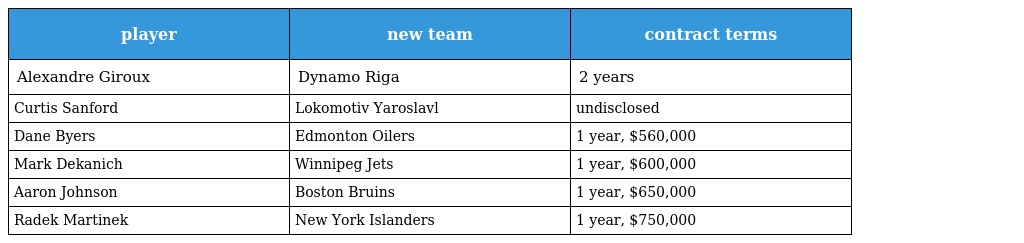
| player | new team | contract terms |
 | --- | --- | --- |
 | Alexandre Giroux | Dynamo Riga | 2 years |
 | Curtis Sanford | Lokomotiv Yaroslavl | undisclosed |
 | Dane Byers | Edmonton Oilers | 1 year, $560,000 |
 | Mark Dekanich | Winnipeg Jets | 1 year, $600,000 |
 | Aaron Johnson | Boston Bruins | 1 year, $650,000 |
 | Radek Martinek | New York Islanders | 1 year, $750,000 |